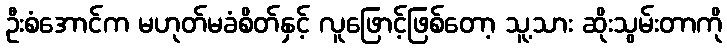
ဦးစံအောင်က မဟုတ်မခံစိတ်နှင့် လူဖြောင့်ဖြစ်တော့ သူ့သား ဆိုးသွမ်းတာကို